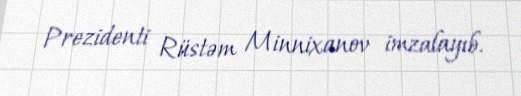
Prezidenti Rüstəm Minnixanov imzalayıb.